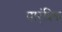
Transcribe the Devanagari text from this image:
पार्ंप्रिक